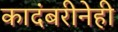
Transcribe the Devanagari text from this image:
कादंबरीनेही